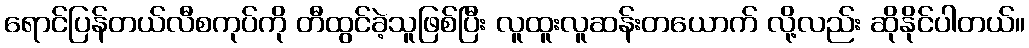
ရောင်ပြန်တယ်လီစကုပ်ကို တီထွင်ခဲ့သူဖြစ်ပြီး လူထူးလူဆန်းတယောက် လို့လည်း ဆိုနိုင်ပါတယ်။